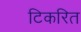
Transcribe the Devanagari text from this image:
टिकरित